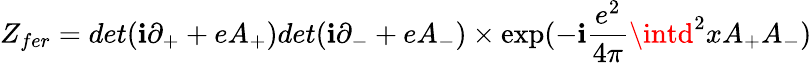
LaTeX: Z_{fer}=det(\mathbf{i}\partial_{+}+eA_{+})det(\mathbf{i}\partial_{-}+eA_{-})\times\exp(-\mathbf{i}\frac{{e^{2}}}{{4\pi}}\intd^{2}xA_{+}A_{-})